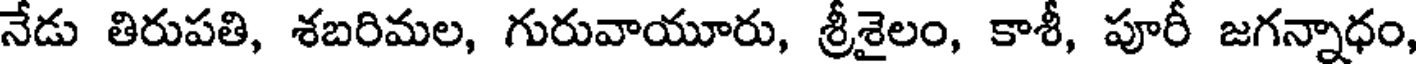
నేడు తిరుపతి, శబరిమల, గురువాయూరు, శ్రీశైలం, కాశీ, పూరీ జగన్నాధం,